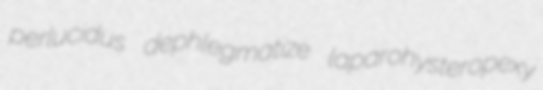
perlucidus dephlegmatize laparohysteropexy